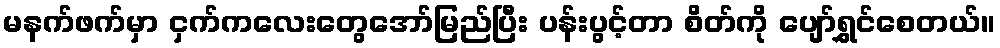
မနက်ဖက်မှာ ငှက်ကလေးတွေအော်မြည်ပြီး ပန်းပွင့်တာ စိတ်ကို ပျော်ရွှင်စေတယ်။